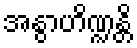
အနွာဟိဏ္ဍန္တိ